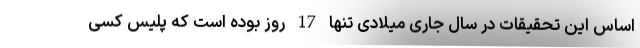
اساس این تحقیقات در سال جاری میلادی تنها 17 روز بوده است که پلیس کسی